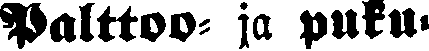
Palttoo ja puku-